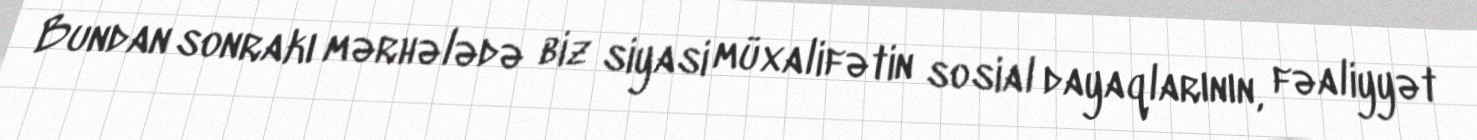
Bundan sonrakı mərhələdə biz siyasi müxalifətin sosial dayaqlarının, fəaliyyət